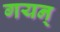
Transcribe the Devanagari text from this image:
गयन्